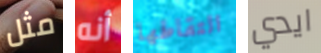
مثل أنه التقاطها ايدي